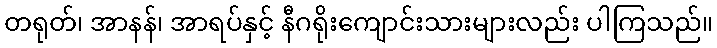
တရုတ်၊ အာနန်၊ အာရပ်နှင့် နီဂရိုးကျောင်းသားများလည်း ပါကြသည်။